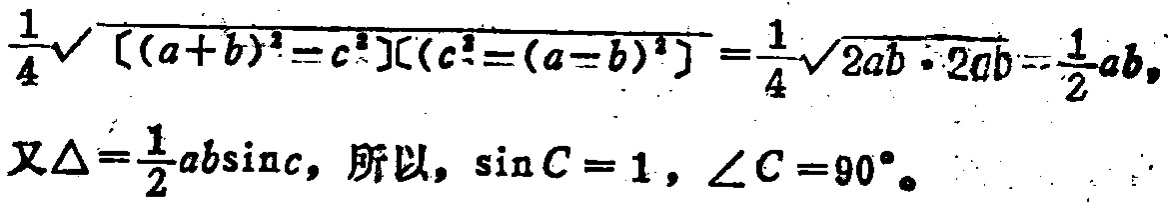
\(\frac{1}{4}\sqrt{[(a + b)^2 - c^2][c^2-(a - b)^2]}=\frac{1}{4}\sqrt{2ab\cdot 2ab}=\frac{1}{2}ab,\)

又\(\Delta=\frac{1}{2}ab\sin c\)，所以，\(\sin C = 1\)，\(\angle C = 90^{\circ}\)。